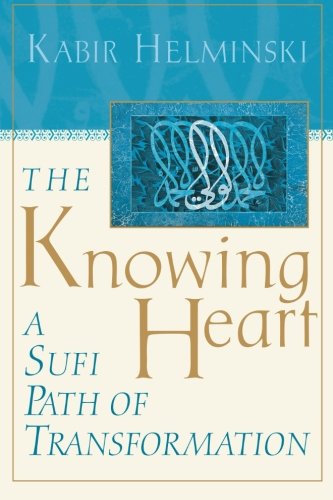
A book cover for The Knowing Heart: A Sufi Path of Transformation; Kabir Helminski; Religion & Spirituality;